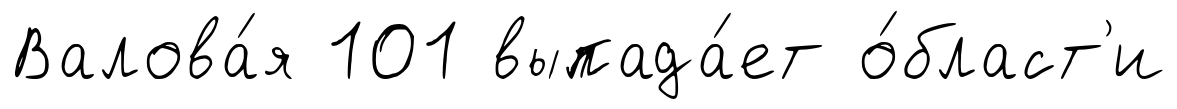
Валова́я 101 выпада́ет о́бласт'и